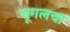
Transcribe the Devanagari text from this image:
गूगलचा